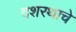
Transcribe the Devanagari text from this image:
दशरथाचे